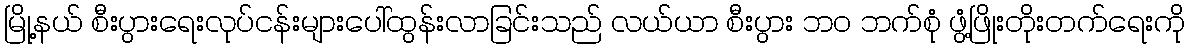
မြို့နယ် စီးပွားရေးလုပ်ငန်းများပေါ်ထွန်းလာခြင်းသည် လယ်ယာ စီးပွား ဘဝ ဘက်စုံ ဖွံ့ဖြိုးတိုးတက်ရေးကို